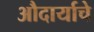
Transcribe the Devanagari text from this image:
औदार्याचे